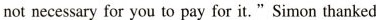
notnecessary for you to pay for it."Simon thanked